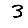
Digit: 3